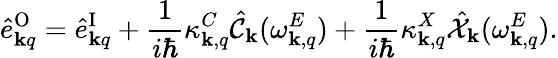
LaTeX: \hat{e}_{{\mathbf k}q}^{\mathrm{O}}=\hat{e}_{{\mathbf k}q}^{\mathrm{I}}+\frac{1}{i\hbar}\kappa_{{\mathbf k},q}^{C}\hat{\mathcal{C}}_{\mathbf k}(\omega_{{\mathbf k},q}^{E})+\frac{1}{i\hbar}\kappa_{{\mathbf k},q}^{X}\hat{\mathcal{X}}_{\mathbf k}(\omega_{{\mathbf k},q}^{E}).